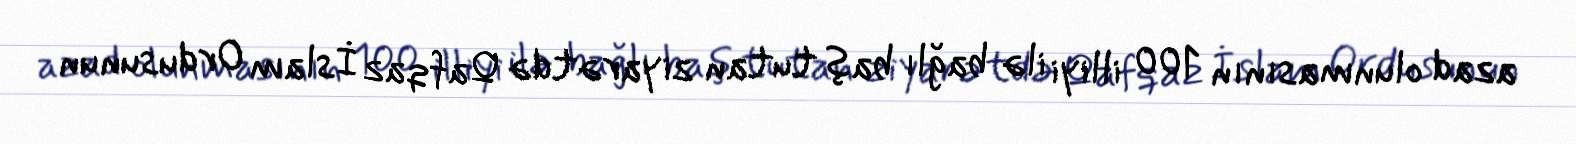
azad olunmasının 100 illiyi ilə bağlı baş tutan ziyarətdə Qafqaz İslam Ordusunun